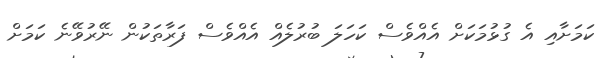
ކަމަށާއި އެ ގުޅުމަކަށް އެއްވެސް ކަހަލަ ބުރުލެއް އެއްވެސް ފަރާތަކުން ނޭރުވޭނެ ކަމަށް